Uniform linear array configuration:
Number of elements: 48
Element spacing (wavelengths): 0.75
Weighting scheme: binomial
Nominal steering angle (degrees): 45
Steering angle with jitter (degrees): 43.062
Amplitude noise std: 0.05
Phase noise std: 0.05

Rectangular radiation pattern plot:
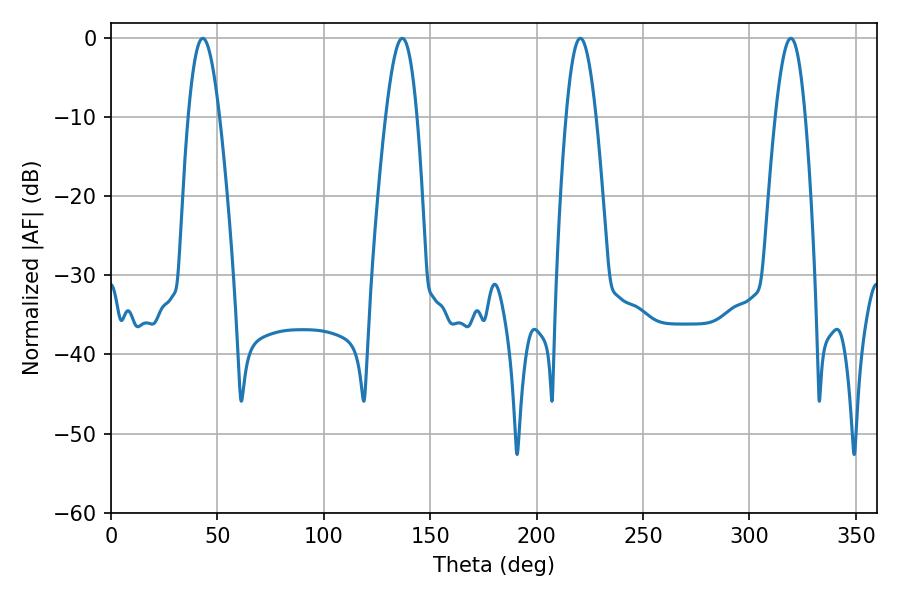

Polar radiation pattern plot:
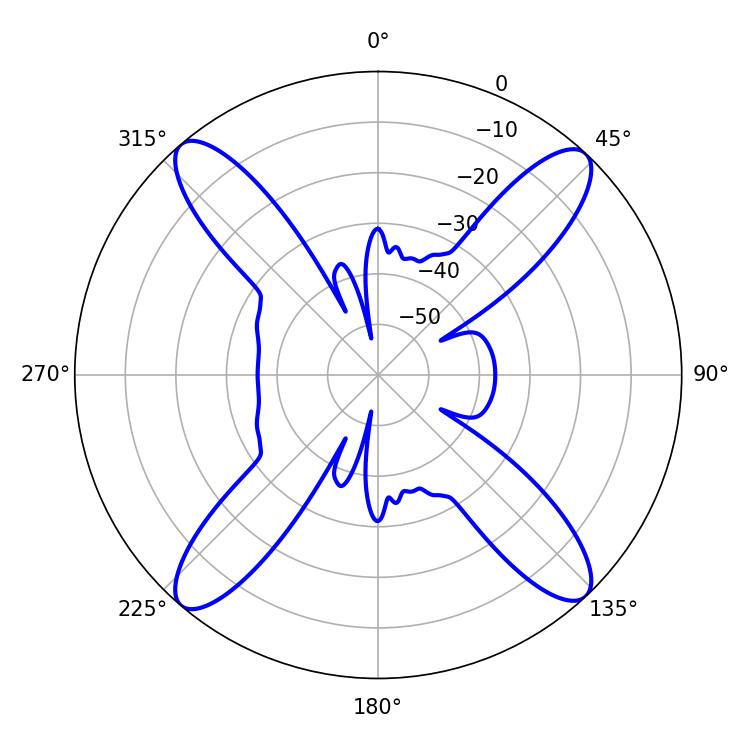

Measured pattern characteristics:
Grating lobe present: TRUE
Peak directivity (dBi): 20.324
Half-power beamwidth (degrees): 7.56
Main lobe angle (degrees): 220.5